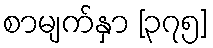
စာမျက်နှာ [၃၇၅]